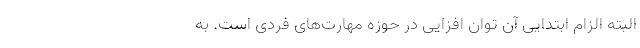
البته الزام ابتدایی آن توان افزایی در حوزه مهارت‌های فردی است. به